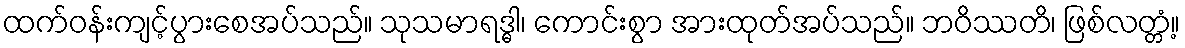
ထက်ဝန်းကျင့်ပွားစေအပ်သည်။ သုသမာရဒ္ဓါ၊ ကောင်းစွာ အားထုတ်အပ်သည်။ ဘဝိဿတိ၊ ဖြစ်လတ္တံ့။